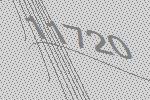
11720